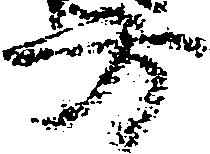
方